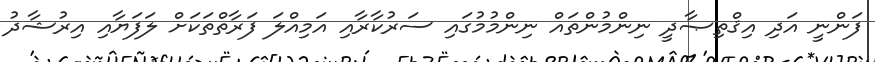
ފަންނީ އަދި އިޤްތިޞާދީ ނިންމުންތައް ނިންމުމުގައި ސަރުކާރާއި އަމިއްލަ ފަރާތްތަކަށް ލަފަޔާއި އިރުޝާދު